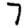
Digit: 7